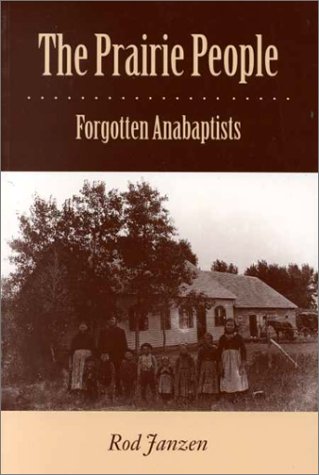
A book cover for The Prairie People: Forgotten Anabaptists; Rod Janzen; Christian Books & Bibles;